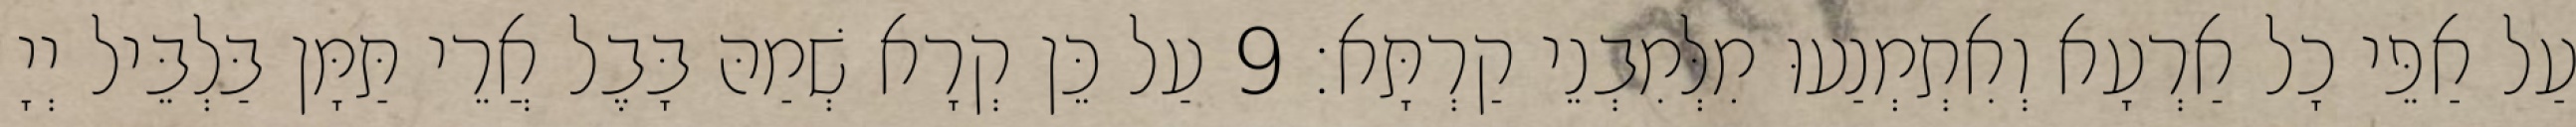
עַל אַפֵּי כָל אַרְעָא וְאִתְמְנַעוּ מִלְּמִבְנֵי קַרְתָּא׃ 9 עַל כֵּן קְרָא שְׁמַהּ בָּבֶל אֲרֵי תַּמָּן בַּלְבֵּיל יְיָ